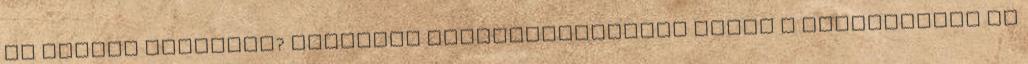
De valami hiányzik? Szeretné felejthetetlenné tenni a rendezvényt és